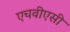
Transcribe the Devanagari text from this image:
एचवीएसी